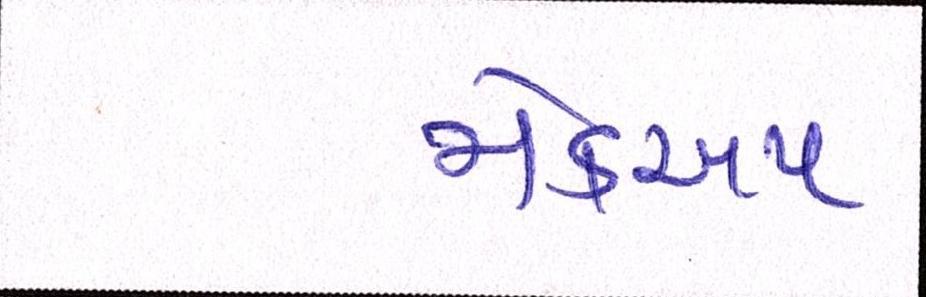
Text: મેકઅપ